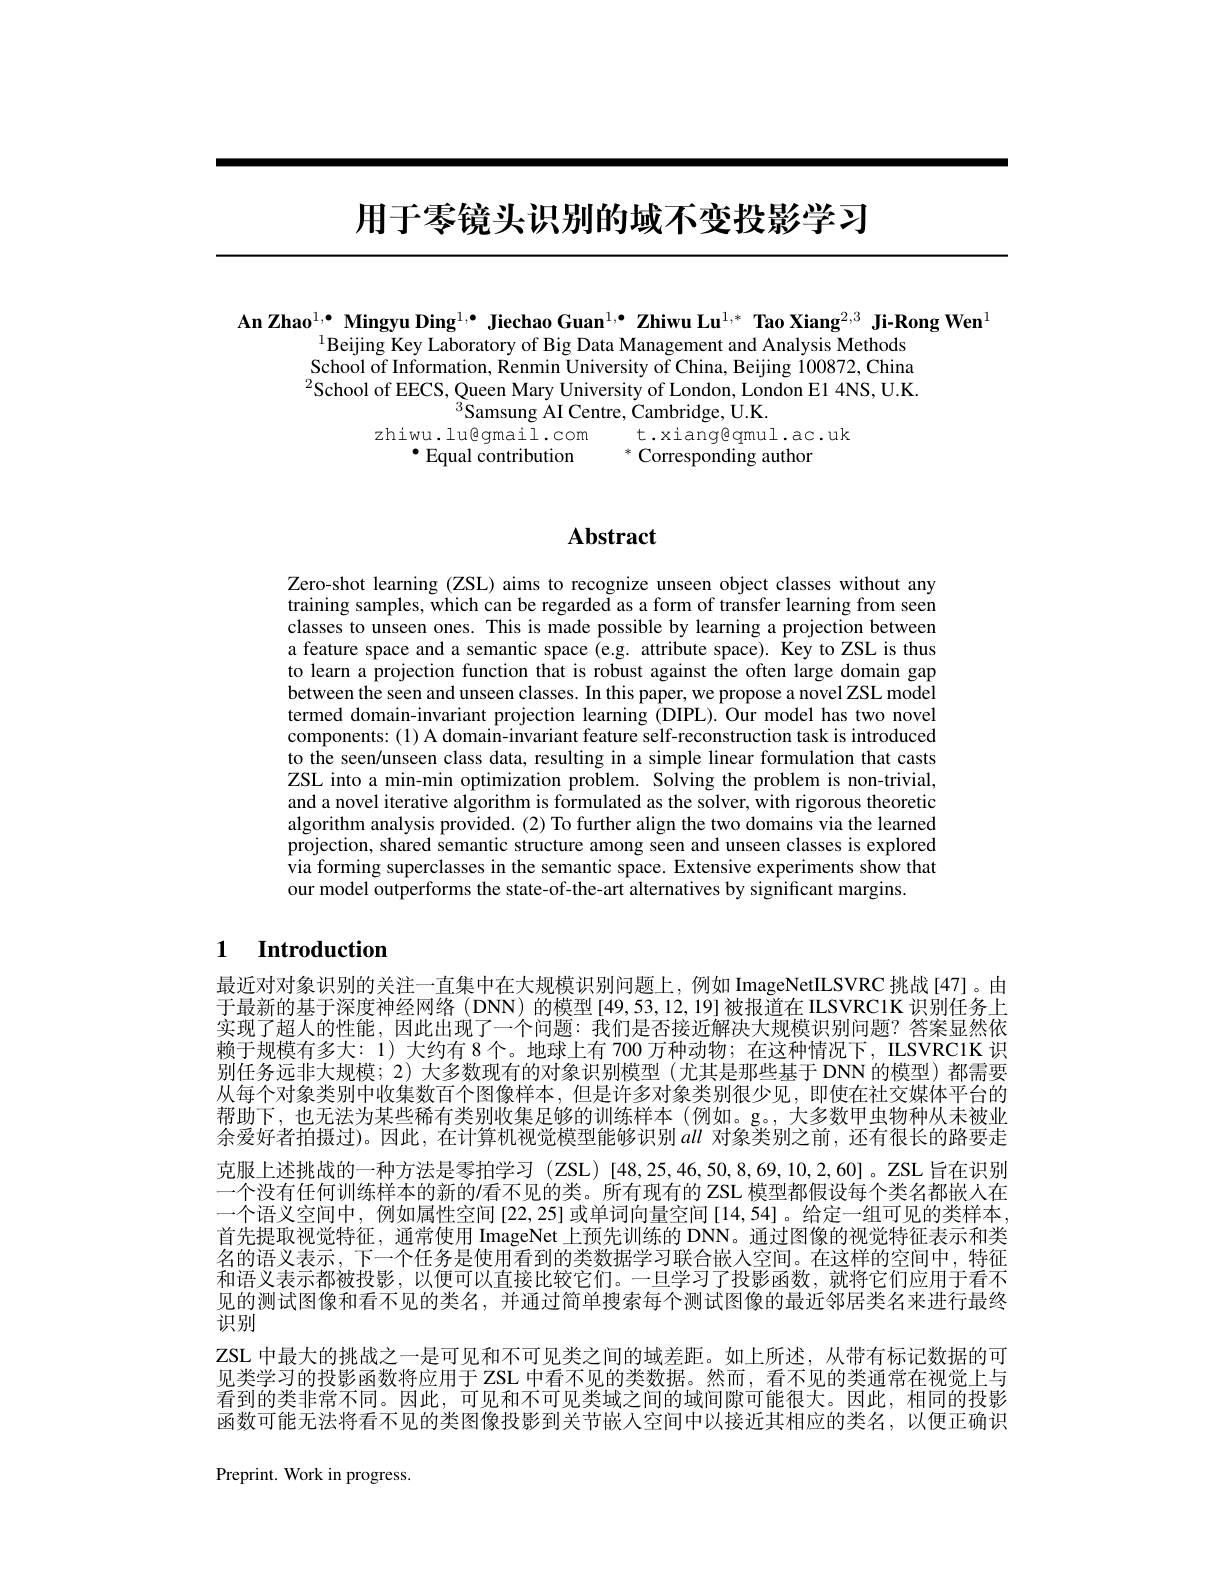
# 用于零镜头识别的域不变投影学习

An Zhao$^{1,\bullet}\textbf{Mingyu Ding}^{1,\bullet}$ Jiechao Guan$^1,\bullet\textbf{Zhiwu Lu}^{1,*}\textbf{ Tao Xiang}^{2,3}\textbf{ Ji-Rong Wen}^{1}$
$^{1}$Beijing Key Laboratory of Big Data Management and Analysis Methods School of Information, Renmin University of China, Beijing 100872, China $^{2}$School of EECS, Queen Mary University of London, London E1 4NS, U.K.
$^{3}$Samsung AI Centre, Cambridge, U.K.
zhiwu.lu@gmail.com t.xiang@qmul.ac.uk
$^{\bullet}$ Equal contribution $^*$ Corresponding author

# Abstract

Zero-shot learning (ZSL) aims to recognize unseen object classes without any training samples, which can be regarded as a form of transfer learning from seen classes to unseen ones. This is made possible by learning a projection between a feature space and a semantic space (e.g. attribute space). Key to ZSL is thus to learn a projection function that is robust against the often large domain gap between the seen and unseen classes. In this paper, we propose a novel ZSL model termed domain-invariant projection learning (DIPL).Our model has two novel components: (1) A domain-invariant feature self-reconstruction task is introduced to the seen/unseen class data, resulting in a simple linear formulation that casts ZSL into a min-min optimization problem. Solving the problem is non-trivial, and a novel iterative algorithm is formulated as the solver, with rigorous theoretic algorithm analysis provided.(2) To further align the two domains via the learned projection, shared semantic structure among seen and unseen classes is explored via forming superclasses in the semantic space. Extensive experiments show that our model outperforms the state-of-the-art alternatives by significant margins.

## 1 Introduction

最近对对象识别的关注一直集中在大规模识别问题上，例如 ImageNetILSVRC 挑战[47]。由于最新的基于深度神经网络(DNN) 的模型[49,53,12,19]被报道在 ILSVRCIK 识别任务上实现了超人的性能，因此出现了一个问题：我们是否接近解决大规模识别问题？答案显然依赖于规模有多大：1) 大约有 8 个。地球上有 700 万种动物；在这种情况下，ILSVRC1K 识别任务远非大规模；2) 大多数现有的对象识别模型(尤其是那些基于 DNN的模型)都需要从每个对象类别中收集数百个图像样本，但是许多对象类别很少见，即使在社交媒体平台的帮助下，也无法为某些稀有类别收集足够的训练样本(例如。g。,大多数甲虫物种从末被业余爱好者拍摄过)。因此，在计算机视觉模型能够识别all 对象类别之前，还有很长的路要走克服上述挑战的一种方法是零拍学习 (ZSL)[48,25,46,50,8,69,10,2,60]。ZSL 旨在识别一个没有任何训练样本的新的$l$看不见的类。所有现有的 ZSL 模型都假设每个类名都嵌人在一个语义空间中，例如属性空间 [22,25] 或单词向量空间 [14,54]。给定一组可见的类样本首先提取视觉特征，通常使用 ImageNet 上预先训练的 DNN。通过图像的视觉特征表示和类名的语义表示，下一个任务是使用看到的类数据学习联合嵌入空间。在这样的空间中，特征和语义表示都被投影，以便可以直接比较它们。一旦学习了投影函数，就将它们应用于看不见的测试图像和看不见的类名，并通过简单搜索每个测试图像的最近邻居类名来进行最终识别
ZSL 中最大的挑战之一是可见和不可见类之间的域差距。如上所述，从带有标记数据的可见类学习的投影函数将应用于 ZSL 中看不见的类数据。然而，看不见的类通常在视觉上与看到的类非常不同。因此，可见和不可见类域之间的域间隙可能很大。因此，相同的投影函数可能无法将看不见的类图像投影到关节嵌人空间中以接近其相应的类名，以便正确识Preprint. Work in progress